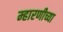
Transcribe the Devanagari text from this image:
म्हारणीच्या